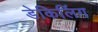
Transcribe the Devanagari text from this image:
डेकिलिंग